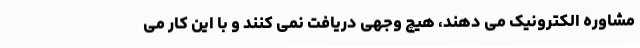
مشاوره الکترونیک می دهند، هیچ وجهی دریافت نمی کنند و با این کار می